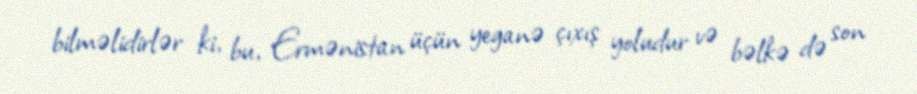
bilməlidirlər ki, bu, Ermənistan üçün yeganə çıxış yoludur və bəlkə də son